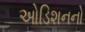
ઓડિશનનો